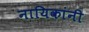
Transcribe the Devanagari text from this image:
नायिकांनी